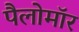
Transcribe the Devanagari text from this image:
पैलोमॉर